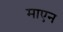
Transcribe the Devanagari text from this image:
माएन